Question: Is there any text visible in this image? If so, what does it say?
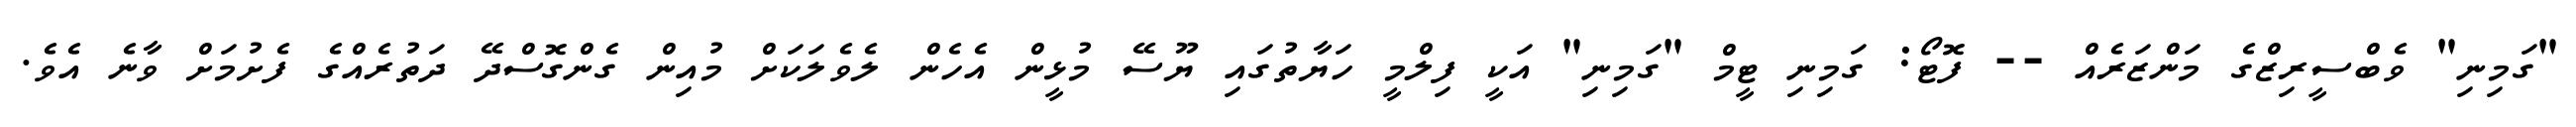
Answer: "ގަމިނި" ވެބްސީރިޒްގެ މަންޒަރެއް -- ފޮޓޯ: ގަމިނި ޓީމް "ގަމިނި" އަކީ ފިލްމީ ހަޔާތުގައި ޔޫސޭ މުޅީން އެހެން ލެވެލަކަށް މުއިން ގެންގޮސްދޭ ދަތުރެއްގެ ފެށުމަށް ވާނެ އެވެ.